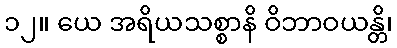
၁၂။ ယေ အရိယသစ္စာနိ ဝိဘာဝယန္တိ၊